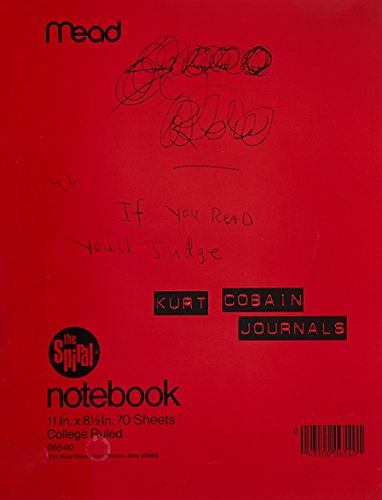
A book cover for Journals; Kurt Cobain; Humor & Entertainment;